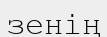
зенің